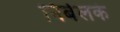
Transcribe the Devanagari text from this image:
निर्बलके